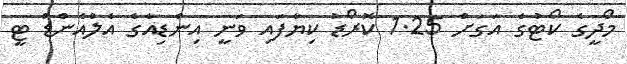
މޯދީގެ ކޯޓުގެ އަގަށް 1.25 ކޮރޯޑު ކިޔާފައި ވަނީ އިންޑިއާގެ އެލްއެންޑް ޓީ